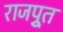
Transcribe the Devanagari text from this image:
राजपूुत